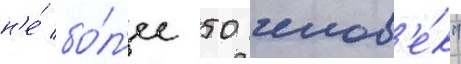
н'е́ бо́л'ее 50 челов'е́к"